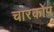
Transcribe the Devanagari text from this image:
चारकोप